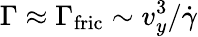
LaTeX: \Gamma\approx\Gamma_{\mathrm{fric}}\sim v_{y}^{3}/\dot{\gamma}